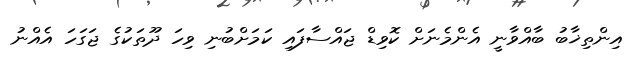
އިންތިޚާބު ބާއްވާނީ އެންމެނަށް ކޮވިޑް ޖައްސާފައި ކަމަށްބުނި ވިހަ ދޫތަކުގެ ޖަގަހަ އެއްނު